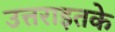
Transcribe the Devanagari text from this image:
उत्तराइतके